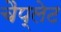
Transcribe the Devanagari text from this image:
चैप्लेट